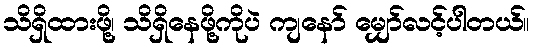
သိရှိထားဖို့၊ သိရှိနေဖို့ကိုပဲ ကျနော် မျှော်လင့်ပါတယ်။